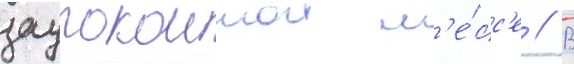
заупокоинои м'е́сс'е // В